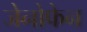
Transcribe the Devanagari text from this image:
जेनोफेन